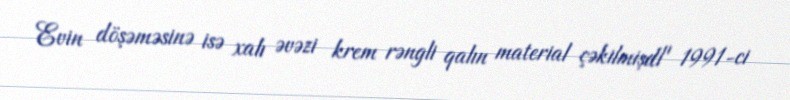
Evin döşəməsinə isə xalı əvəzi krem rəngli qalın material çəkilmişdi" 1991-ci